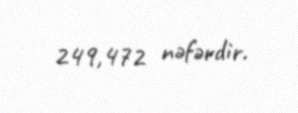
249,472 nəfərdir.